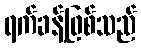
ရက်ခန့်ဖြစ်သည်